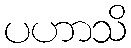
ပဟာသိ